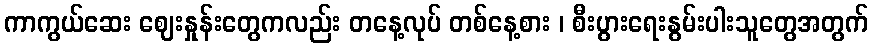
ကာကွယ်ဆေး ဈေးနှုန်းတွေကလည်း တနေ့လုပ် တစ်နေ့စား ၊ စီးပွားရေးနွမ်းပါးသူတွေအတွက်